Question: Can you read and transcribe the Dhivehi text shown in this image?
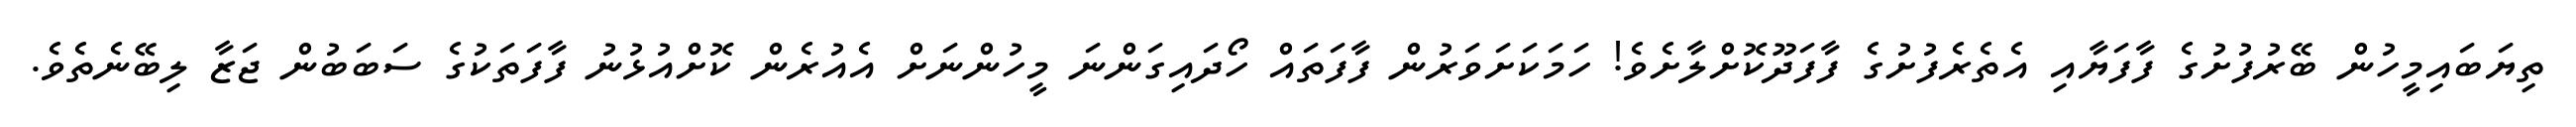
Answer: ތިޔަބައިމީހުން ބޭރުފުށުގެ ފާފަޔާއި އެތެރެފުށުގެ ފާފަދޫކޮށްލާށެވެ! ހަމަކަށަވަރުން ފާފަތައް ހޯދައިގަންނަ މީހުންނަށް އެއުރެން ކޮށްއުޅުނު ފާފަތަކުގެ ސަބަބުން ޖަޒާ ލިބޭނެތެވެ.